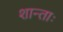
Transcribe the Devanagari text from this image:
शान्ताः